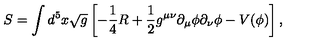
S = \int d ^ { 5 } x \sqrt { g } \left[ - \frac { 1 } { 4 } R + \frac { 1 } { 2 } g ^ { \mu \nu } \partial _ { \mu } \phi \partial _ { \nu } \phi - V ( \phi ) \right] ,